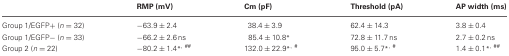
|  | RMP (mV) | Cm (pF) | Threshold (pA) | AP width (ms) |
 | --- | --- | --- | --- | --- |
 | Group 1/EGFP+ (n = 32) | −63.9 ± 2.4 | 38.4 ± 3.9 | 62.4 ± 14.3 | 3.8 ± 0.4 |
 | Group 1/EGFP− (n = 33) | −66.2 ± 2.6 ns | 85.4 ± 10.8* | 72.8 ± 11.7 ns | 2.7 ± 0.2 ns |
 | Group 2 (n = 22) | −80.2 ± 1.4*,## | 132.0 ± 22.9*,# | 95.0 ± 5.7*,# | 1.4 ± 0.1*,## |